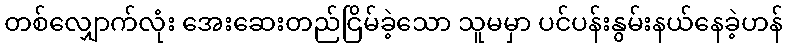
တစ်လျှောက်လုံး အေးဆေးတည်ငြိမ်ခဲ့သော သူမမှာ ပင်ပန်းနွမ်းနယ်နေခဲ့ဟန်